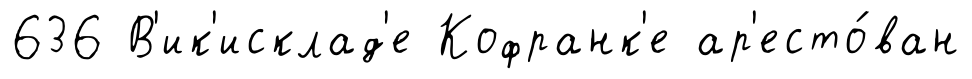
636 В'ик'исклад'е Кофранк'е ар'есто́ван